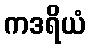
ကဒရိယံ